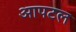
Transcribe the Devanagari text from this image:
आपटल